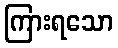
ကြားရသော